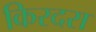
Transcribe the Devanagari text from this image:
किरदरा